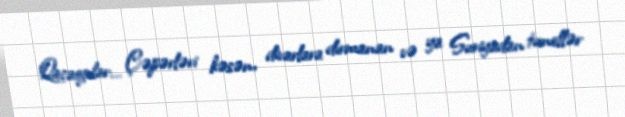
Qaçaqçılar... Çəpərləri kəsən, divarlara dırmanan və ya Suriyadan tunellər